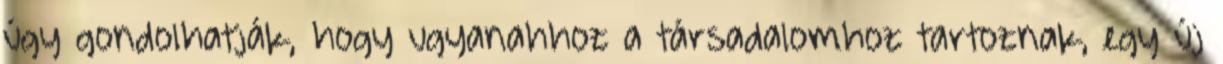
úgy gondolhatják, hogy ugyanahhoz a társadalomhoz tartoznak, egy új